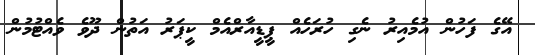
އޭގެ ފަހުން އުމެއިރު ނެގި ހުރަހެއް ޕީޑީއާރްއެމް ކީޕަރު އަތުން ދޫވެ ވެއްޓުމުން